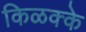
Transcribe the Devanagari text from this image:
किळक्के